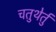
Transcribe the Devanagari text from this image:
चतुथेर्तु